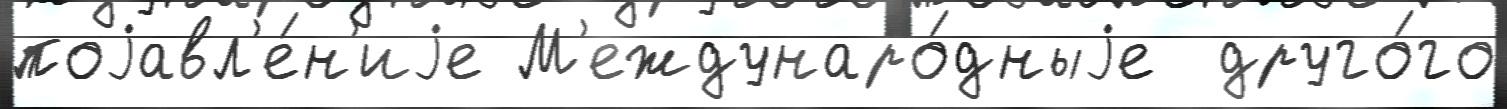
поjавл'е́н'иjе М'еждунаро́дныjе  друго́го